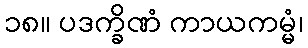
၁၈။ ပဒက္ခိဏံ ကာယကမ္မံ၊